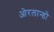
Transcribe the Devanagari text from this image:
ओरलान्डो